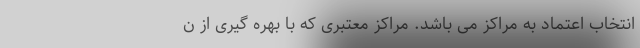
انتخاب اعتماد به مراکز می باشد. مراکز معتبری که با بهره گیری از ن